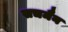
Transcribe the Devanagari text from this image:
सचमैन